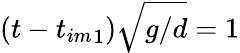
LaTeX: (t-{t_{im}}_{1})\sqrt{g/d}=1